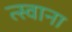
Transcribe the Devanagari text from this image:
त्स्वाना